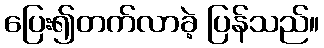
ပြေး၍တက်လာခဲ့ ပြန်သည်။